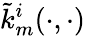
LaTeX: \tilde{k}_{m}^{i}(\cdot,\cdot)